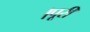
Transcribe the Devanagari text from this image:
।पूरी